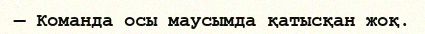
— Команда осы маусымда қатысқан жоқ.